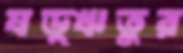
ষড়্ঋতুর